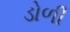
ડોળી